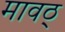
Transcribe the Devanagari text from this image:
मावठ्